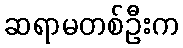
ဆရာမတစ်ဦးက